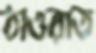
ঠাওরাত